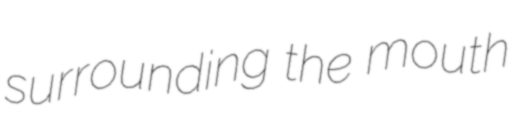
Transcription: surrounding the mouth